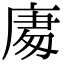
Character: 𭙧